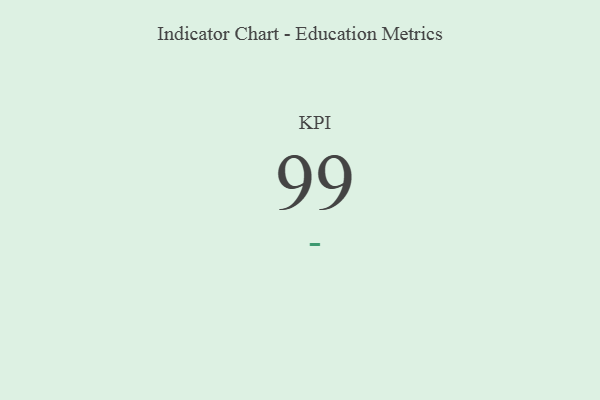
{"axis": {"x": "KPI", "y": "Value"}, "legend": [""], "data": [{"x": "KPI", "y": 99, "type": ""}]}